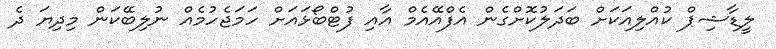
ލީޑާޝިޕް ކުއްލިއަކަށް ބަދަލުކޮށްގެން އެފްއޭއެމް އާއި ފުޓްބޯޅައަށް ހަމަޖެހުމެއް ނުލިބޭކަން މިދިޔަ ދެ